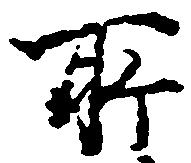
所